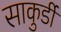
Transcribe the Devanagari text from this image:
साकुर्डी